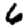
Digit: 6